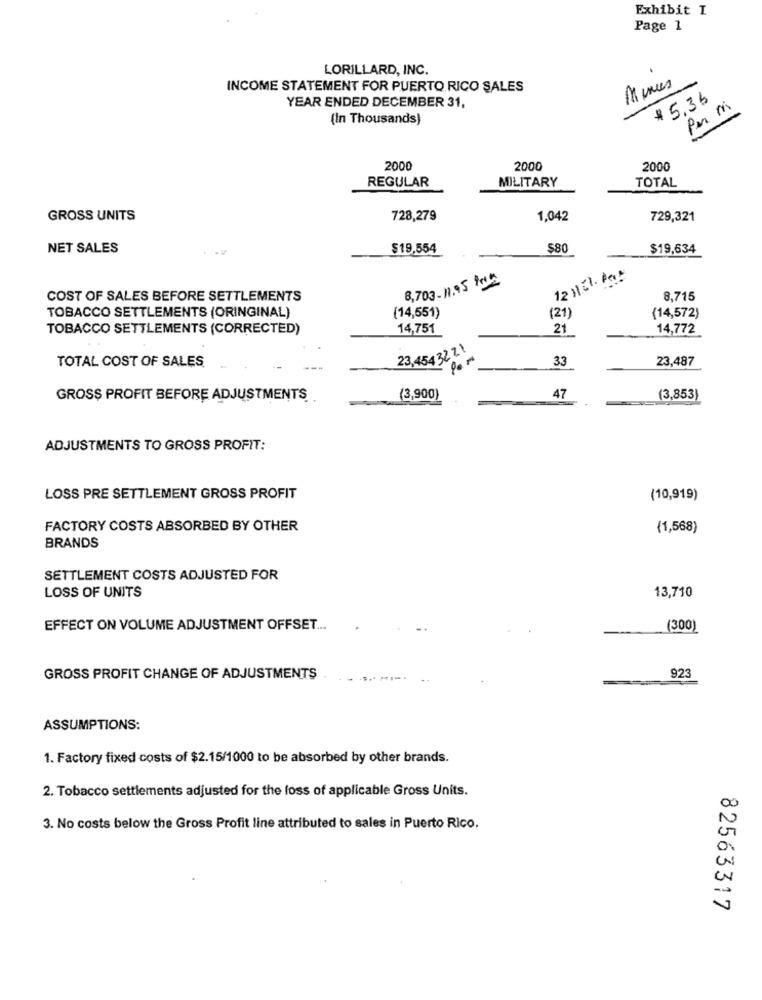
Exhibit I
Page 1
LORILLARD, INC.
Mens
INCOME STATEMENT FOR PUERTO RICO SALES
YEAR ENDED DECEMBER 31,
# 5,36
Per mi
(In Thousands)
2000
2000
2000
REGULAR
MILITARY
TOTAL
GROSS UNITS
728,279
1,042
729,321
NET SALES
$19,554
$80
$19,634
8,703- 11.5 tek
12 HER. Po
COST OF SALES BEFORE SETTLEMENTS
8,715
TOBACCO SETTLEMENTS (ORINGINAL)
(14,551)
(21
(14,572)
TOBACCO SETTLEMENTS (CORRECTED)
14,751
21
14,772
23,45432 Zł
TOTAL COST OF SALES
33
23,487
GROSS PROFIT BEFORE ADJUSTMENTS
(3,900)
47
..
(3,853)
ADJUSTMENTS TO GROSS PROFIT:
LOSS PRE SETTLEMENT GROSS PROFIT
(10,919)
FACTORY COSTS ABSORBED BY OTHER
(1,568)
BRANDS
SETTLEMENT COSTS ADJUSTED FOR
LOSS OF UNITS
13,710
EFFECT ON VOLUME ADJUSTMENT OFFSET ...
(300)
GROSS PROFIT CHANGE OF ADJUSTMENTS
923
ASSUMPTIONS:
1. Factory fixed costs of $2.15/1000 to be absorbed by other brands.
2. Tobacco settlements adjusted for the loss of applicable Gross Units.
3. No costs below the Gross Profit line attributed to sales in Puerto Rico.
82563317